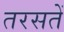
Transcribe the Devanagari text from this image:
तरसतें